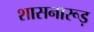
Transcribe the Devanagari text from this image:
शासनारूड़